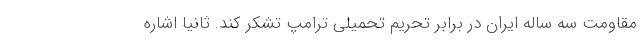
مقاومت سه ساله ایران در برابر تحریم تحمیلی ترامپ تشکر کند. ثانیا اشاره